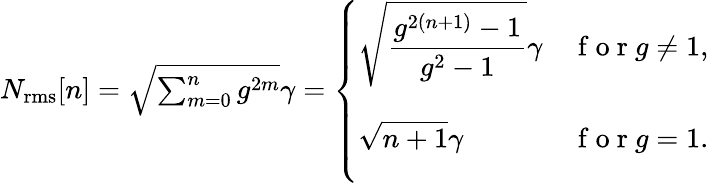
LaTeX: \begin{array}{r}{N_{\mathrm{rms}}[n]=\sqrt{\sum_{m=0}^{n}g^{2m}}\gamma=\left\{ \begin{array}{ll}{\displaystyle{\sqrt{\frac{g^{2(n+1)}-1}{g^{2}-1}}\gamma}}&{\mathrm{~f~o~r~}g\neq 1,}\\ {\displaystyle{\vphantom{\Biggl(}\sqrt{n+1}\gamma}}&{\mathrm{~f~o~r~}g=1.}\end{array}\right.}\end{array}